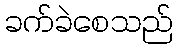
ခက်ခဲစေသည်